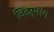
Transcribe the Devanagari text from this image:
विदर्भरंग